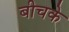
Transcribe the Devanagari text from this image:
बीचके